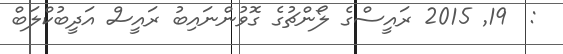
:  19